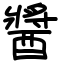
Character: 醬